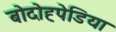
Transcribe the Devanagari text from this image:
बोदोह्पेडिया